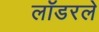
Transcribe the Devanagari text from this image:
लॉडरले